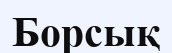
Борсық